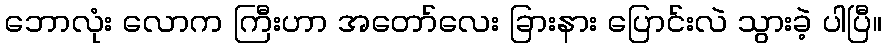
ဘောလုံး လောက ကြီးဟာ အတော်လေး ခြားနား ပြောင်းလဲ သွားခဲ့ ပါပြီ။